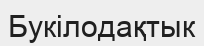
Букілодақтык